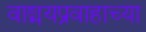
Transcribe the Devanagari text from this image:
वाङ्मयप्रवाहाच्या